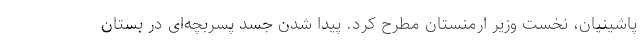
پاشینیان، نخست وزیر ارمنستان مطرح کرد. پیدا شدن جسد پسربچه‌ای در بستان